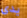
يدى